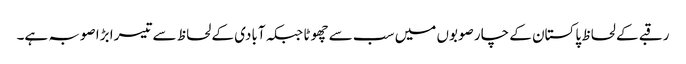
رقبے کے لحاظ پاکستان کے چار صوبوں میں سب سے چھوٹا جبکہ آبادی کے لحاظ سے تیسرا بڑا صوبہ ہے۔